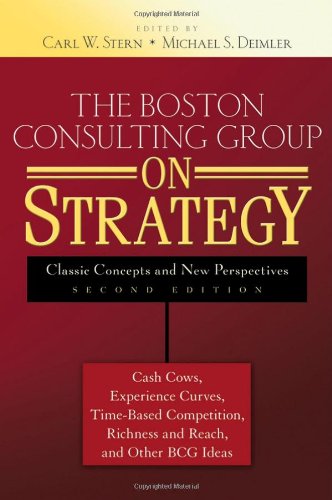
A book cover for The Boston Consulting Group on Strategy: Classic Concepts and New Perspectives; Business & Money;